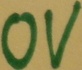
Text: 0V